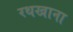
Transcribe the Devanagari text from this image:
रथखाना